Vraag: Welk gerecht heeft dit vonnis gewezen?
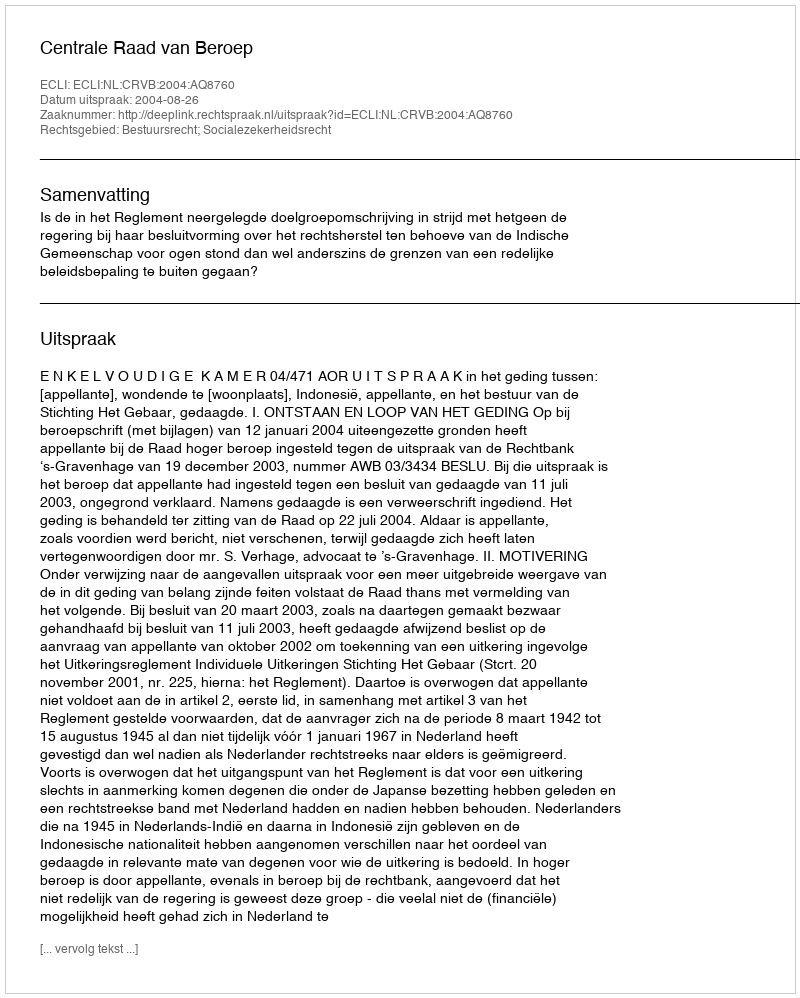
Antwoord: Centrale Raad van Beroep